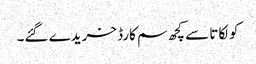
کولکاتا سے کچھ سم کارڈ خریدے گئے۔